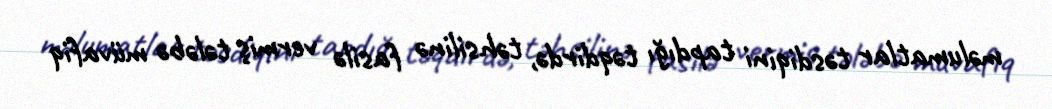
məlumatlar təsdiqini tapdığı təqdirdə, təhsilinə fasilə vermiş tələbə müvafiq